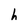
Character: h